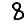
Digit: 8